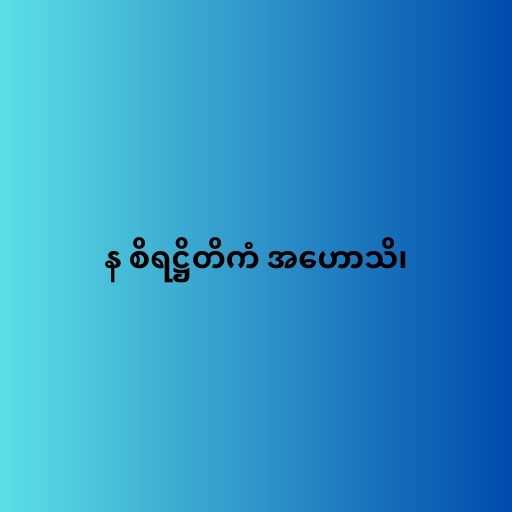
န စိရဋ္ဌိတိကံ အဟောသိ၊